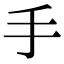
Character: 手